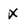
Character: x